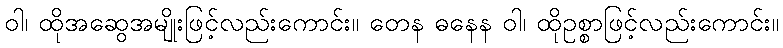
ဝါ၊ ထိုအဆွေအမျိုးဖြင့်လည်းကောင်း။ တေန ဓနေန ဝါ၊ ထိုဥစ္စာဖြင့်လည်းကောင်း။